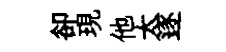
卻現他太逐